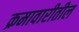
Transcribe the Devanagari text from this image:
क्रमावारीतील